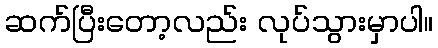
ဆက်ပြီးတော့လည်း လုပ်သွားမှာပါ။